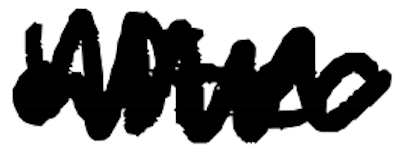
Text: after
Cross-out: zig-zag
Writing tool: digital_black